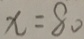
x = 8 0